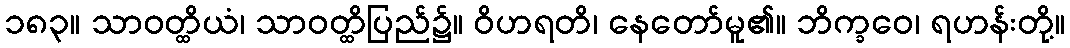
၁၈၃။ သာဝတ္ထိယံ၊ သာဝတ္ထိပြည်၌။ ဝိဟရတိ၊ နေတော်မူ၏။ ဘိက္ခဝေ၊ ရဟန်းတို့။